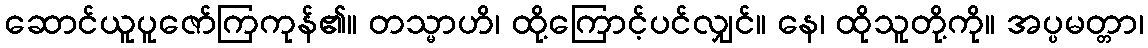
ဆောင်ယူပူဇော်ကြကုန်၏။ တသ္မာဟိ၊ ထို့ကြောင့်ပင်လျှင်။ နေ၊ ထိုသူတို့ကို။ အပ္ပမတ္တာ၊